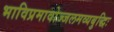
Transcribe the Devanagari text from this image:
भाविप्रमावोज्जलमव्यबुद्धिः